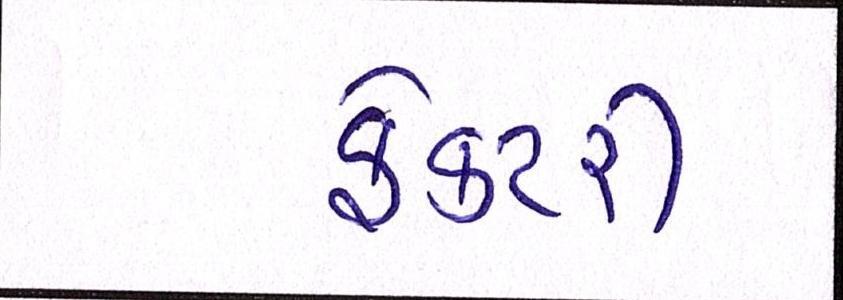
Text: ફેક્ટરી